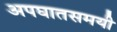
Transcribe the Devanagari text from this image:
अपघातसमयी